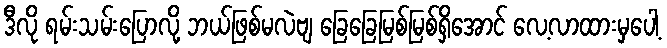
ဒီလို ရမ်းသမ်းပြောလို့ ဘယ်ဖြစ်မလဲဗျ ခြေခြေမြစ်မြစ်ရှိအောင် လေ့လာထားမှပေါ့